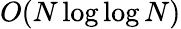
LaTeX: O(N\log\log N)